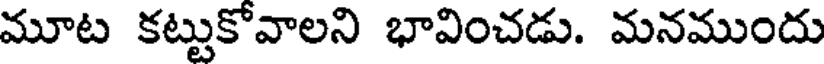
మూట కట్టుకోవాలని భావించడు. మనముందు